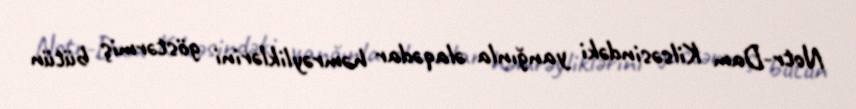
Notr-Dam Kilsəsindəki yanğınla əlaqədar həmrəyliklərini göstərmiş bütün